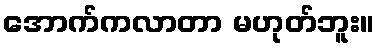
အောက်ကလာတာ မဟုတ်ဘူး။